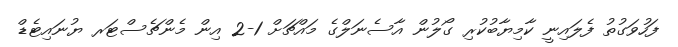
ފަހުވަގުތު ފެލައިނީ ކާމިޔާބުކުރި ގޯލުން އާސެނަލްގެ މައްޗަށް 1-2 އިން މެންޗެސްޓަރ ޔުނައިޓެޑް